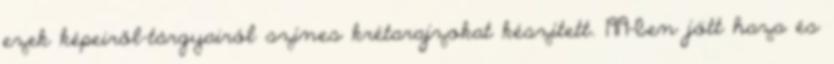
ezek képeiről-tárgyairól színes krétarajzokat készített. 1919-ben jött haza és